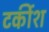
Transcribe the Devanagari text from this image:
टर्कीश